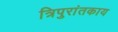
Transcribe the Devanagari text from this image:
त्रिपुरांतकाय